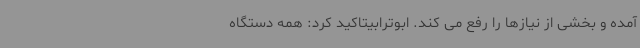
آمده و بخشی از نیازها را رفع می کند. ابوترابیتاکید کرد: همه دستگاه